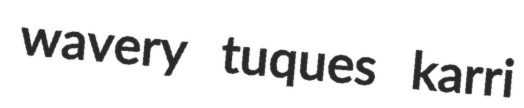
wavery tuques karri